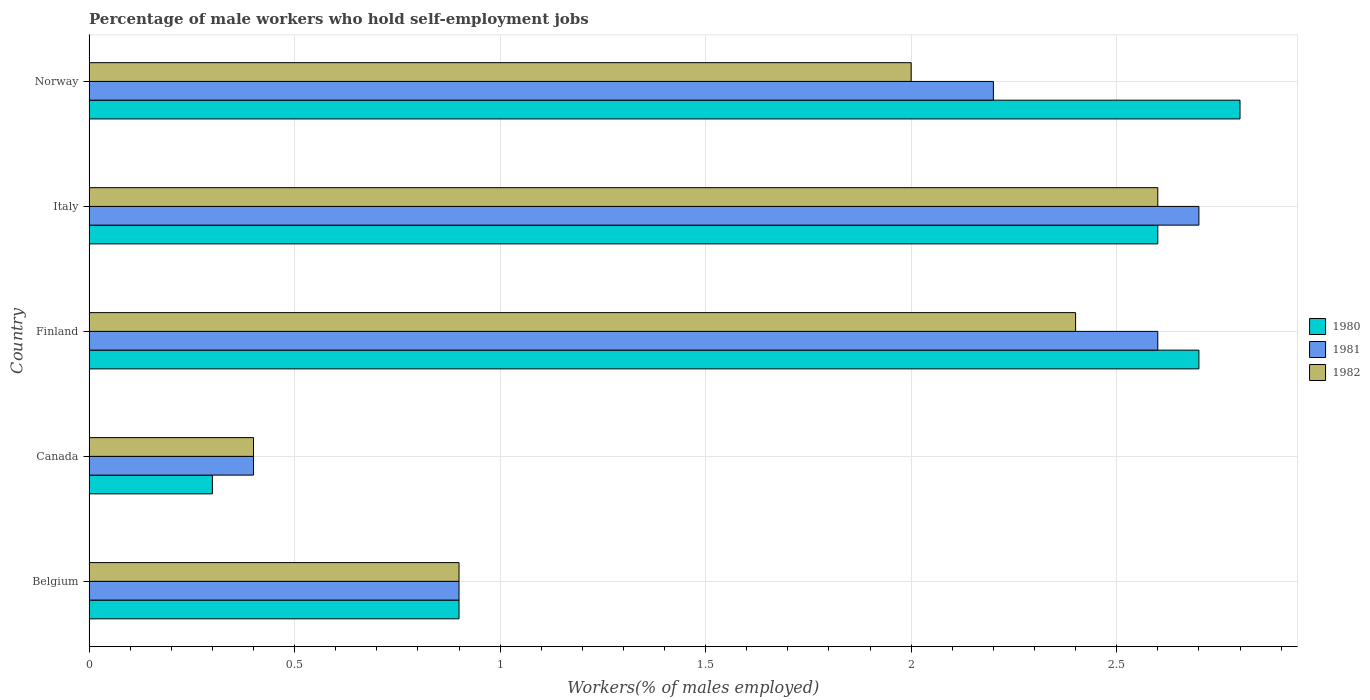
| Country | 1980 | 1981 | 1982 |
 | --- | --- | --- | --- |
 | Belgium | 0.9 | 0.9 | 0.9 |
 | Canada | 0.3 | 0.4 | 0.4 |
 | Finland | 2.7 | 2.6 | 2.4 |
 | Italy | 2.6 | 2.7 | 2.6 |
 | Norway | 2.8 | 2.2 | 2 |